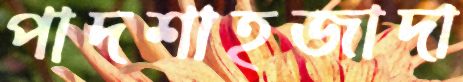
পাদশাহজাদা